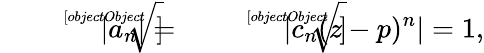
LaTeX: {\sqrt[[objectObject]]{|a_{n}|}}={\sqrt[[objectObject]]{|c_{n}(z-p)^{n}|}}=1,